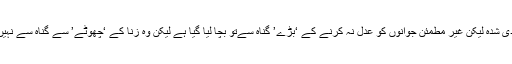
ہزاروں شادی شدہ لیکن غیر مطمئن جوانوں کو عدل نہ کرنے کے ‘بڑے’ گناہ سےتو بچا لیا گیا ہے لیکن وہ زنا کے ‘چھوٹے’ سے گناہ سے نہیں بچ سکے۔